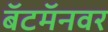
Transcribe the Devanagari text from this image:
बॅटमॅनवर